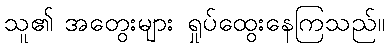
သူ၏ အတွေးများ ရှုပ်ထွေးနေကြသည်။